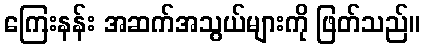
ကြေးနန်း အဆက်အသွယ်များကို ဖြတ်သည်။